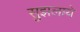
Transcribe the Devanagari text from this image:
सुझलाये